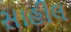
સાહીલ